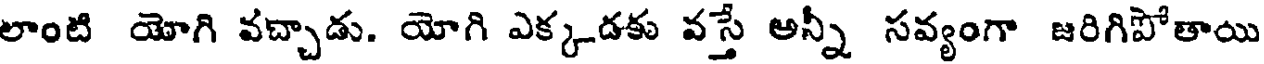
లాంటి యోగి వచ్చాడు. యోగి ఎక్కడకు వస్తే అన్నీ సవ్యంగా జరిగిపోతాయి